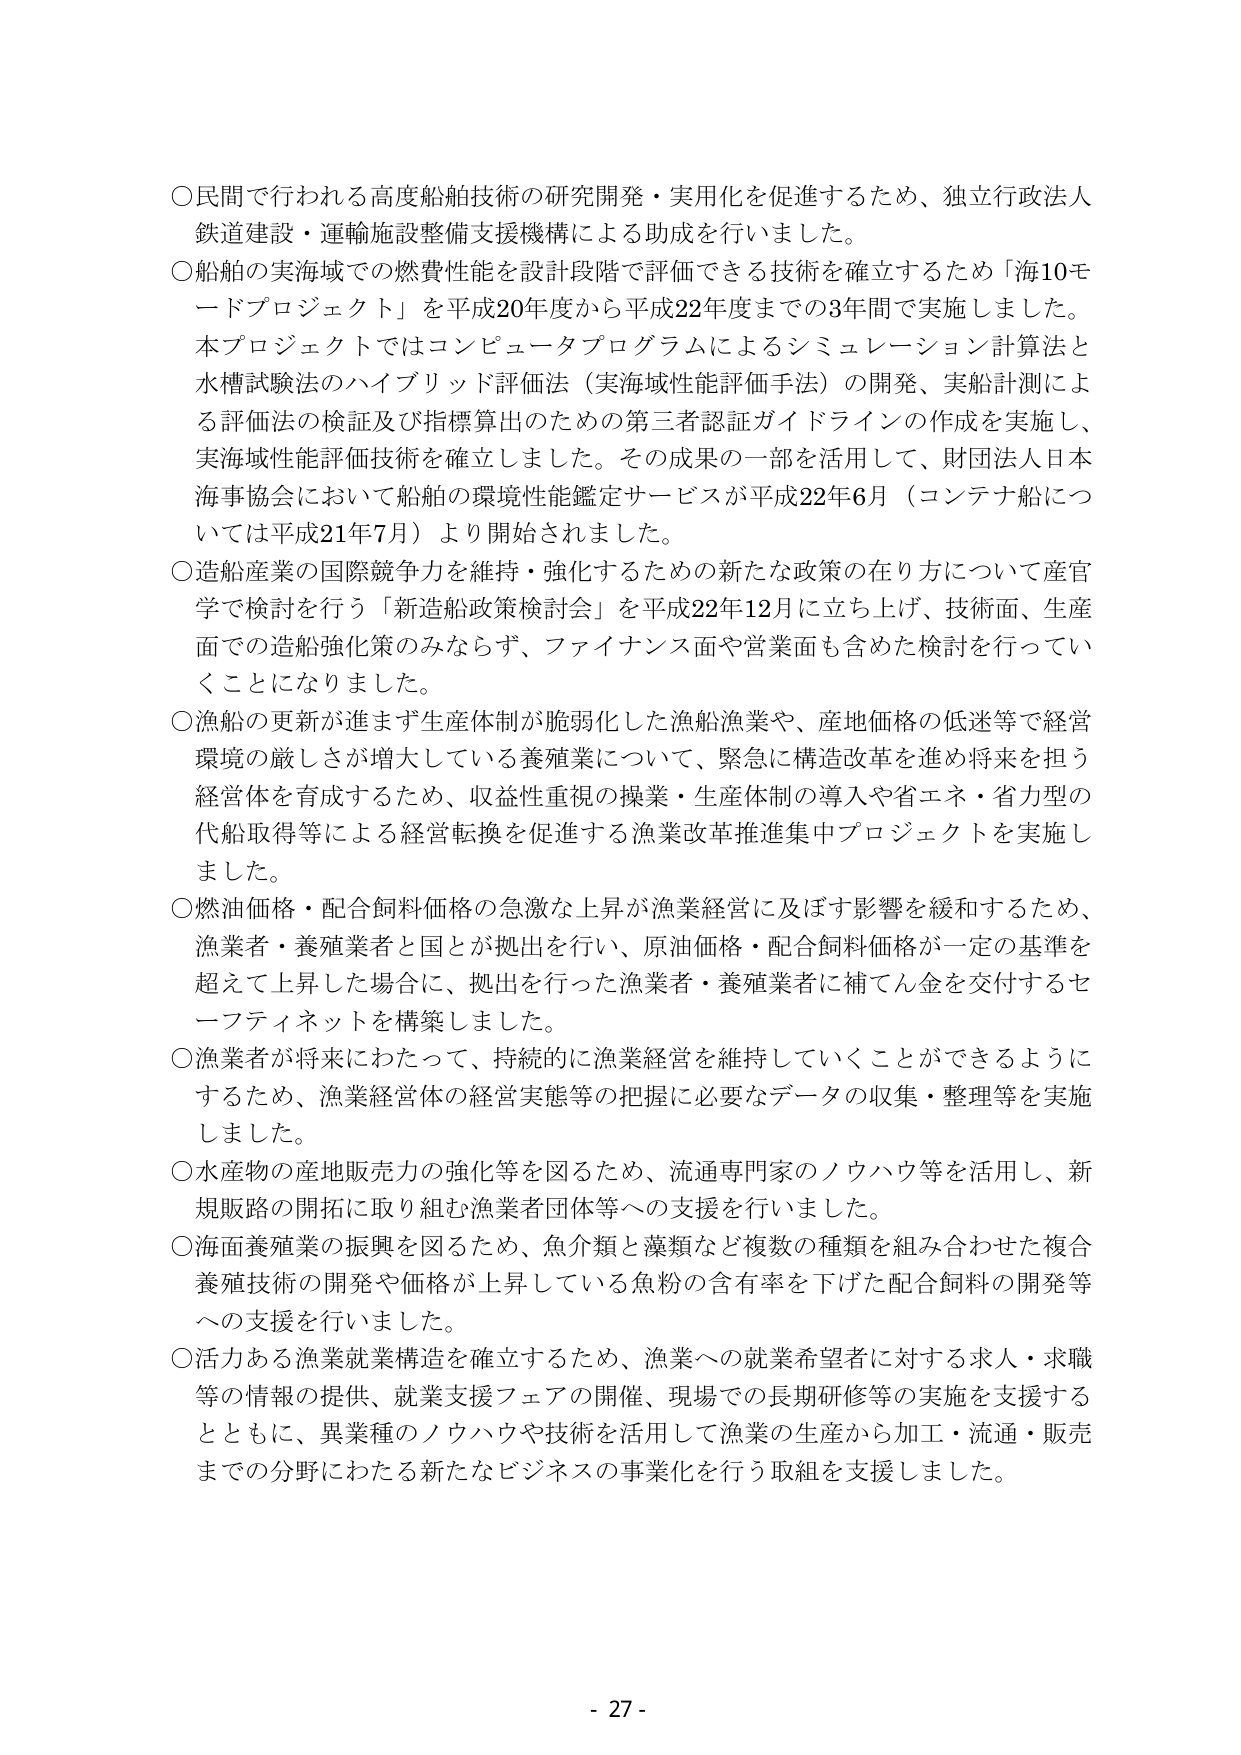
○民間で行われる高度船舶技術の研究開発・実用化を促進するため、独立行政法人鉄道建設・運輸施設整備支援機構による助成を行いました。

○船舶の実海域での燃費性能を設計段階で評価できる技術を確立するため「海10モードプロジェクト」を平成20年度から平成22年度までの3年間で実施しました。本プロジェクトではコンピュータプログラムによるシミュレーション計算法と水槽試験法のハイブリッド評価法（実海域性能評価手法）の開発、実船計測による評価法の検証及び指標算出のための第三者認証ガイドラインの作成を実施し、実海域性能評価技術を確立しました。その成果の一部を活用して、財団法人日本海事協会において船舶の環境性能鑑定サービスが平成22年6月（コンテナ船については平成21年7月）より開始されました。

○造船産業の国際競争力を維持・強化するための新たな政策の在り方について産官学で検討を行う「新造船政策検討会」を平成22年12月に立ち上げ、技術面、生産面での造船強化策のみならず、ファイナンス面や営業面も含めた検討を行っていくことになりました。

○漁船の更新が進まず生産体制が脆弱化した漁船漁業や、産地価格の低迷等で経営環境の厳しさが増大している養殖業について、緊急に構造改革を進め将来を担う経営体を育成するため、収益性重視の操業・生産体制の導入や省エネ・省力型の代船取得等による経営転換を促進する漁業改革推進集中プロジェクトを実施しました。

○燃油価格・配合飼料価格の急激な上昇が漁業経営に及ぼす影響を緩和するため、漁業者・養殖業者と国とが拠出を行い、原油価格・配合飼料価格が一定の基準を超えて上昇した場合に、拠出を行った漁業者・養殖業者に補てん金を交付するセーフティネットを構築しました。

○漁業者が将来にわたって、持続的に漁業経営を維持していくことができるようにするため、漁業経営体の経営実態等の把握に必要なデータの収集・整理等を実施しました。

○水産物の産地販売力の強化等を図るため、流通専門家のノウハウ等を活用し、新規販路の開拓に取り組む漁業者団体等への支援を行いました。

○海面養殖業の振興を図るため、魚介類と藻類など複数の種類を組み合わせた複合養殖技術の開発や価格が上昇している魚粉の含有率を下げた配合飼料の開発等への支援を行いました。

○活力ある漁業就業構造を確立するため、漁業への就業希望者に対する求人・求職等の情報の提供、就業支援フェアの開催、現場での長期研修等の実施を支援するとともに、異業種のノウハウや技術を活用して漁業の生産から加工・流通・販売までの分野にわたる新たなビジネスの事業化を行う取組を支援しました。

- 27 -